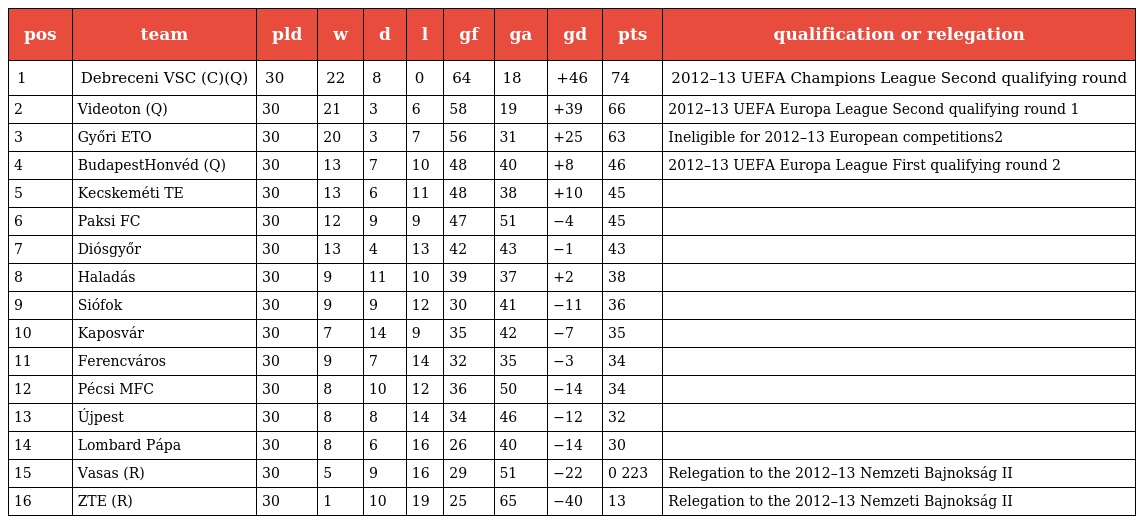
| pos | team | pld | w | d | l | gf | ga | gd | pts | qualification or relegation |
 | --- | --- | --- | --- | --- | --- | --- | --- | --- | --- | --- |
 | 1 | Debreceni VSC (C)(Q) | 30 | 22 | 8 | 0 | 64 | 18 | +46 | 74 | 2012–13 UEFA Champions League Second qualifying round |
 | 2 | Videoton (Q) | 30 | 21 | 3 | 6 | 58 | 19 | +39 | 66 | 2012–13 UEFA Europa League Second qualifying round 1 |
 | 3 | Győri ETO | 30 | 20 | 3 | 7 | 56 | 31 | +25 | 63 | Ineligible for 2012–13 European competitions2 |
 | 4 | BudapestHonvéd (Q) | 30 | 13 | 7 | 10 | 48 | 40 | +8 | 46 | 2012–13 UEFA Europa League First qualifying round 2 |
 | 5 | Kecskeméti TE | 30 | 13 | 6 | 11 | 48 | 38 | +10 | 45 |  |
 | 6 | Paksi FC | 30 | 12 | 9 | 9 | 47 | 51 | −4 | 45 |  |
 | 7 | Diósgyőr | 30 | 13 | 4 | 13 | 42 | 43 | −1 | 43 |  |
 | 8 | Haladás | 30 | 9 | 11 | 10 | 39 | 37 | +2 | 38 |  |
 | 9 | Siófok | 30 | 9 | 9 | 12 | 30 | 41 | −11 | 36 |  |
 | 10 | Kaposvár | 30 | 7 | 14 | 9 | 35 | 42 | −7 | 35 |  |
 | 11 | Ferencváros | 30 | 9 | 7 | 14 | 32 | 35 | −3 | 34 |  |
 | 12 | Pécsi MFC | 30 | 8 | 10 | 12 | 36 | 50 | −14 | 34 |  |
 | 13 | Újpest | 30 | 8 | 8 | 14 | 34 | 46 | −12 | 32 |  |
 | 14 | Lombard Pápa | 30 | 8 | 6 | 16 | 26 | 40 | −14 | 30 |  |
 | 15 | Vasas (R) | 30 | 5 | 9 | 16 | 29 | 51 | −22 | 0 223 | Relegation to the 2012–13 Nemzeti Bajnokság II |
 | 16 | ZTE (R) | 30 | 1 | 10 | 19 | 25 | 65 | −40 | 13 | Relegation to the 2012–13 Nemzeti Bajnokság II |